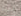
إنهيار